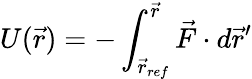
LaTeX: U(\vec{r})=-\int_{\vec{r}_{ref}}^{\vec{r}}\vec{F}\cdot d\vec{r}^{\prime}